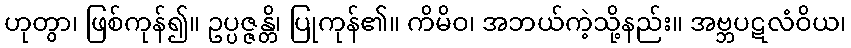
ဟုတွာ၊ ဖြစ်ကုန်၍။ ဥပ္ပဇ္ဇန္တိ၊ ပြုကုန်၏။ ကိမိဝ၊ အဘယ်ကဲ့သို့နည်း။ အဗ္ဘပဋလံဝိယ၊